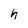
Character: h